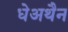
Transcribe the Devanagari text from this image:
धेअथैन